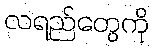
လရည်တွေကို